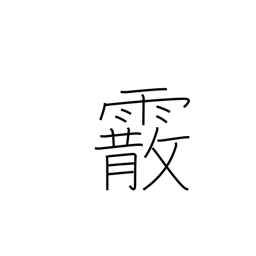
Meaning: hailstones